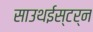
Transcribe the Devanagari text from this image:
साउथईस्टर्न